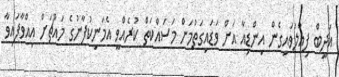
އަދީބް ފިއްލަވައިގެން އިންޑިއާ އަށް ވަޑައިގަތުމަށް މަސައްކަތް ކުރެއްވީ އެމަނިކުފާނުގެ މައްޗަށް އިއްވާފައިވާ